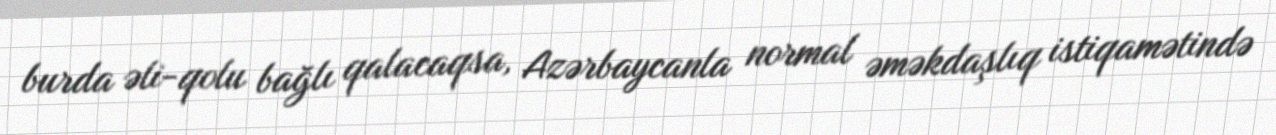
burda əli-qolu bağlı qalacaqsa, Azərbaycanla normal əməkdaşlıq istiqamətində